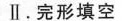
Ⅱ.完形填空